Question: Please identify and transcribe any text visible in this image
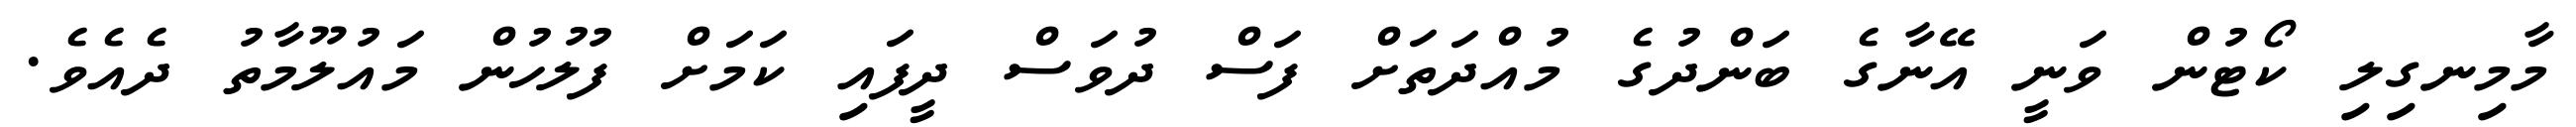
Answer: މާމިނގިލި ކޯޓުން ވަނީ އޭނާގެ ބަންދުގެ މުއްދަތަށް ފަސް ދުވަސް ދީފައި ކަމަށް ފުލުހުން މައުލޫމާތު ދެއެވެ.